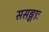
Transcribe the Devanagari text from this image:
ससङ्गाः